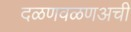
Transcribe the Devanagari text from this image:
दळणवळणअची